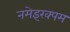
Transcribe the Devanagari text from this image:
नमेइरक्पम